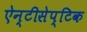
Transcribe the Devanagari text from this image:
ऐन्टीसेप्टिक